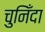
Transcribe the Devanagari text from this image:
चुनिँदा